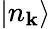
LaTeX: |n_{\mathbf{k}}\rangle